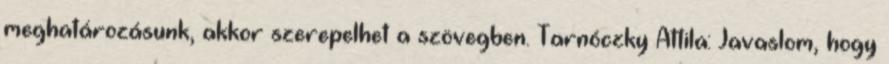
meghatározásunk, akkor szerepelhet a szövegben. Tarnóczky Attila: Javaslom, hogy